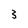
Character: 3